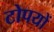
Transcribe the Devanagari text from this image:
टोपयों